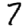
Digit: 7